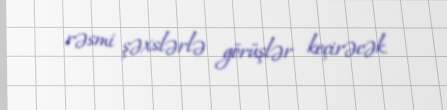
rəsmi şəxslərlə görüşlər keçirəcək.